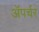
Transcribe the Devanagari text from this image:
ॲपर्चर